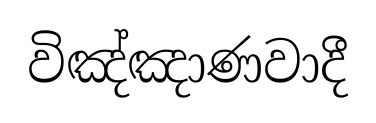
විඤ්ඤාණවාදී